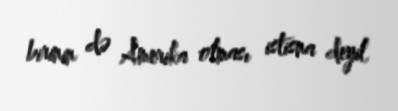
birinin də Amerika olması istisna deyil.